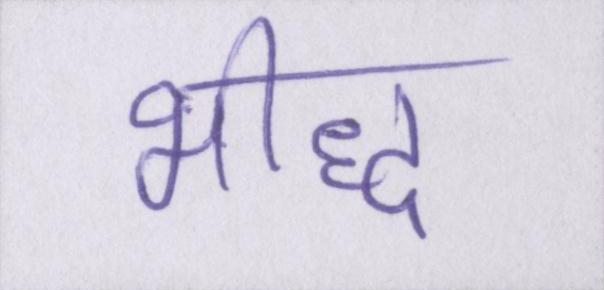
भीद्ध